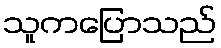
သူကပြောသည်